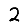
Digit: 2